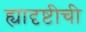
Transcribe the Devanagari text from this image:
ह्यादृष्टीची